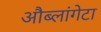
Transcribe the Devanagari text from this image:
औब्लांगेटा